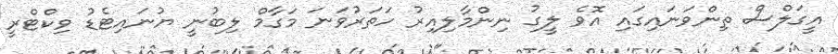
އީގަލްސް ތިންވަނައިގައި އޮވެ ލީގު ނިންމާލިއިރު ހަތަރުވަނަ މަގާމް ލިބުނީ ޔުނައިޓެޑު ވިކްޓްރީ